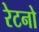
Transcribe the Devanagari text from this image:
रेटनो